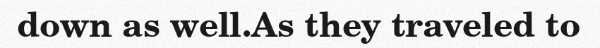
down as well.As they traveled to